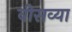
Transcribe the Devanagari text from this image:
वीसव्या